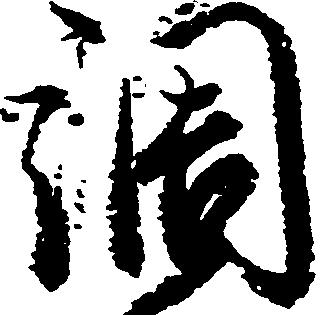
調